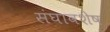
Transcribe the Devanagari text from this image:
संघावशेष